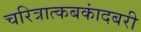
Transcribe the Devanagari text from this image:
चरित्रात्कबकांदबरी